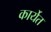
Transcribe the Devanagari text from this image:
कार्येत